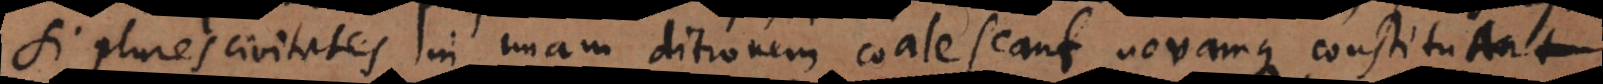
si plures civitates in unam ditionem coalescant, novamque constituant